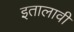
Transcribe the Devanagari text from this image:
इतालावी